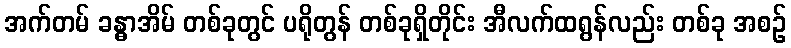
အက်တမ် ခန္ဓာအိမ် တစ်ခုတွင် ပရိုတွန် တစ်ခုရှိတိုင်း အီလက်ထရွန်လည်း တစ်ခု အစဉ်